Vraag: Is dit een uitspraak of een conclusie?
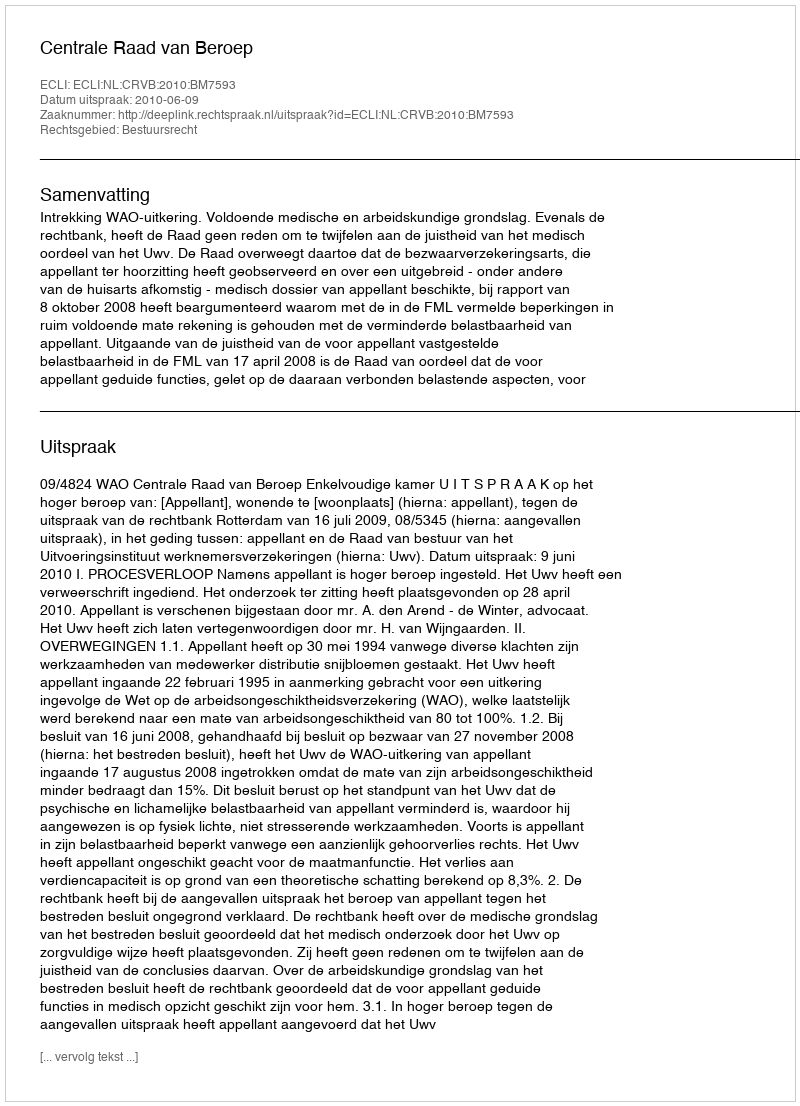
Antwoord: Uitspraak